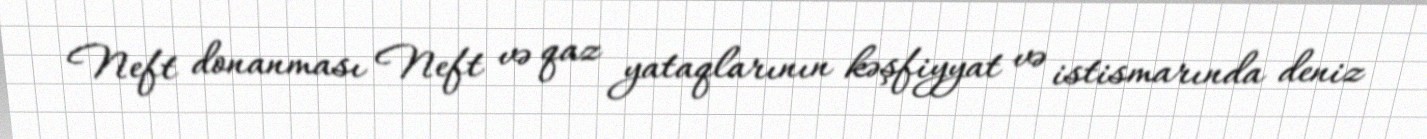
Neft donanması Neft və qaz yataqlarının kəşfiyyat və istismarında deniz